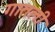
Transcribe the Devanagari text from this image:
गातली